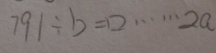
7 9 1 \div b = \square \cdots 2 a